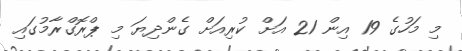
މި މަހުގެ 19 އިން 21 އަށް ކުރިއަށް ގެންދިޔަ މި ޕްރޮގްރާމުގައި